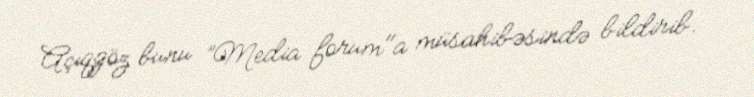
Açıqgöz bunu ”Media forum"a müsahibəsində bildirib.